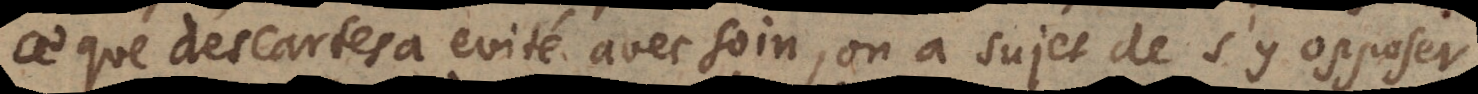
ce que des Cartes a evité avec soin, on a sujet de s’y opposer.